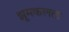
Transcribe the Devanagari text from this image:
झूमकलता